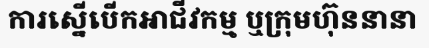
ការស្នើបើកអាជីវកម្ម ឬក្រុមហ៊ុននានា